Indian journal of veterinary science and animal husbandry - Volume 4,
Year: 1934
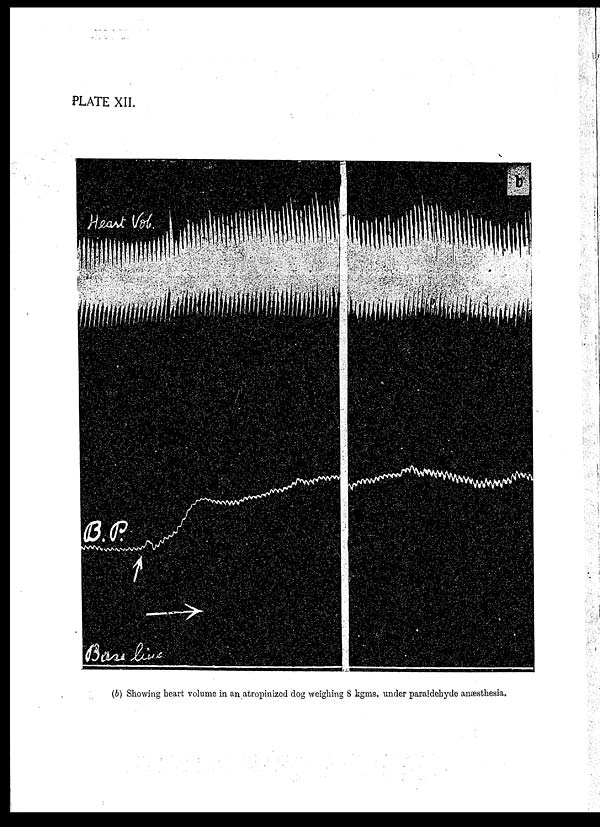
PLATE XII.
(b) Showing heart volume in an atropinized clog weighing 8 kgms. under paraldehyde anæsthesia.